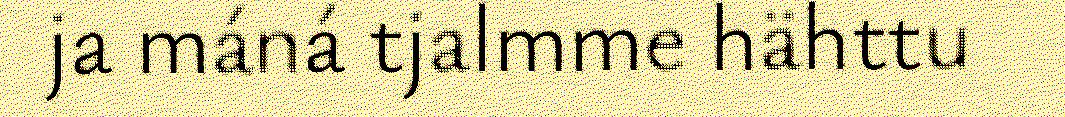
ja máná tjalmme hähttu